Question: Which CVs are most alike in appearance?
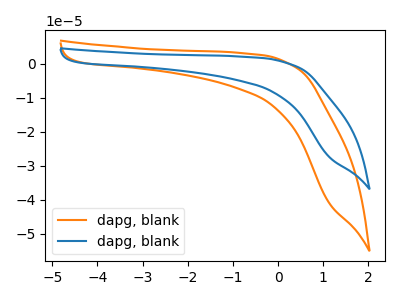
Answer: <think>The orange curve "dapg, blank1" has no peaks. The blue curve "dapg, blank2" has no peaks.
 Neither "dapg, blank1" or "dapg, blank2" have any peaks.</think>
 <answer>"dapg, blank2" and "dapg, blank1" have the same shape and are likely CV's of the same chemical.</answer>
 <eval>"dapg, blank2" "dapg, blank1"</eval>